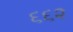
૬૬૨